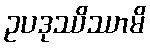
ဥပဒုဿိဿာမိ